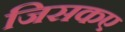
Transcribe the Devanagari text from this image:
जिसकए